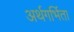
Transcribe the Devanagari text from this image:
अर्थगर्भिता